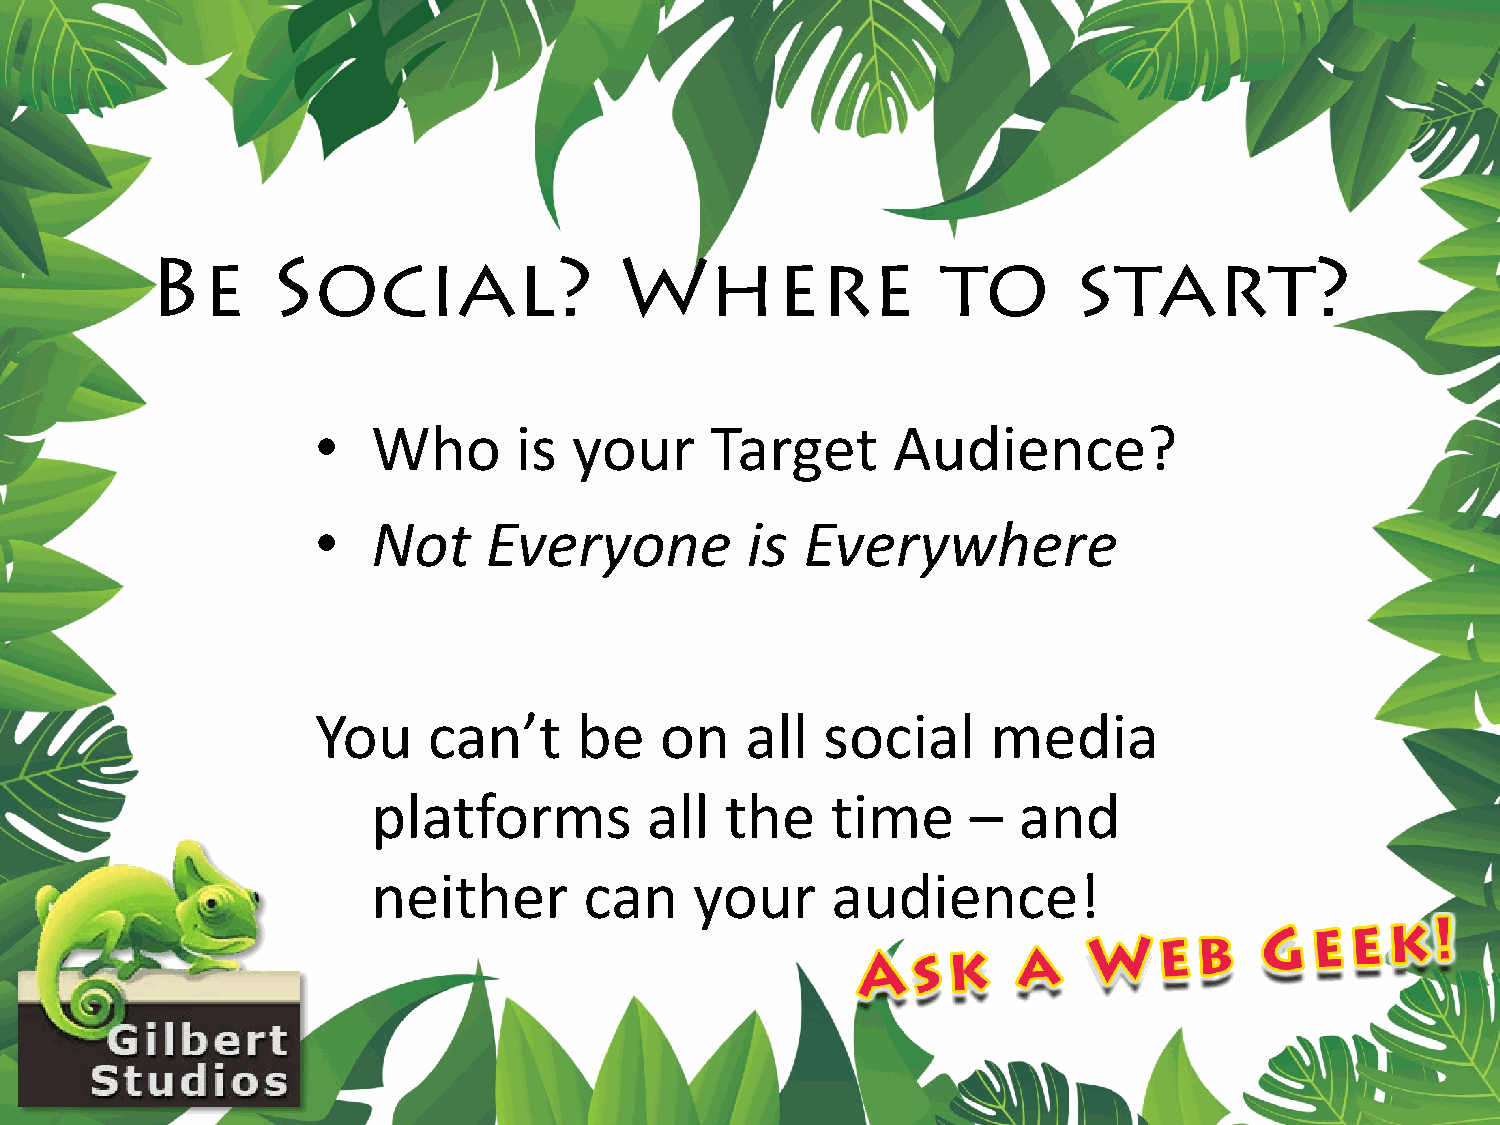
Be      Social?                Where                to       start?
 •   Who      is  your     Target      Audience?
 •   Not    Everyone         is  Everywhere
 You    can’t     be    on   all  social      media
 platforms         all  the    time     –  and
 neither       can    your     audience!